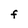
Character: f